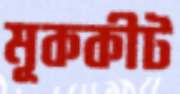
মূককীট